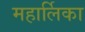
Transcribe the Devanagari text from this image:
महार्लिका